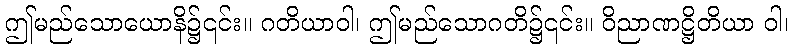
ဤမည်သောယောနိ၌၎င်း။ ဂတိယာဝါ၊ ဤမည်သောဂတိ၌၎င်း။ ဝိညာဏဋ္ဌိတိယာ ဝါ၊